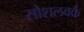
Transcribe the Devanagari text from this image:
सोशलवर्क